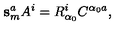
\mathbf { s } _ { m } ^ { a } A ^ { i } = R _ { \alpha _ { 0 } } ^ { i } C ^ { \alpha _ { 0 } a } ,